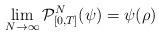
LaTeX: \begin{align*} \lim_{N\to \infty} {\cal P}^N_{[0, T ] }(\psi)= \psi(\rho) \end{align*}